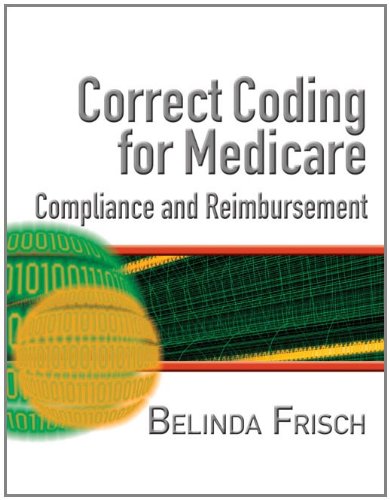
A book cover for Correct Coding for Medicare, Compliance, and Reimbursement; Belinda S. Frisch; Medical Books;